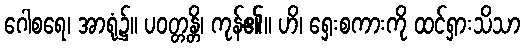
ဂေါစရေ၊ အာရုံ၌။ ပဝတ္တန္တိ၊ ကုန်၏။ ဟိ၊ ရှေးစကားကို ထင်ရှားသိသာ